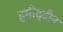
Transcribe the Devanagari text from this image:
हमीद्दीन